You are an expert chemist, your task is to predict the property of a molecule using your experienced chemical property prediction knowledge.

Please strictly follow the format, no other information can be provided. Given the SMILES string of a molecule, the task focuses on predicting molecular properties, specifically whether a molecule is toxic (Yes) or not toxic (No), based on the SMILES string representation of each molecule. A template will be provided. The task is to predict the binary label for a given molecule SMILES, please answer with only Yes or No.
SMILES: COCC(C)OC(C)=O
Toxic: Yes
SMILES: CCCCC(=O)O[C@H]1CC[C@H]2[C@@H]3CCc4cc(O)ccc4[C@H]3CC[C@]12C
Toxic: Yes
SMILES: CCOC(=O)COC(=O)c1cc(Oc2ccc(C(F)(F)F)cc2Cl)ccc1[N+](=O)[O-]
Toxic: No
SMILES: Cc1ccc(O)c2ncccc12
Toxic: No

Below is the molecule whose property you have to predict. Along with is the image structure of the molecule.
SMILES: CCC(=O)[N-]S(=O)(=O)c1ccc(-c2c(-c3ccccc3)noc2C)cc1
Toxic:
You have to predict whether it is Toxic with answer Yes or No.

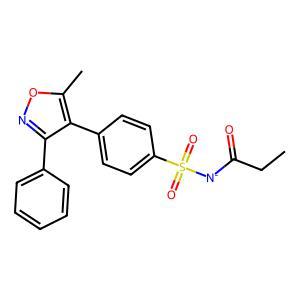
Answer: No